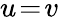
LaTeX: u\! =\! v